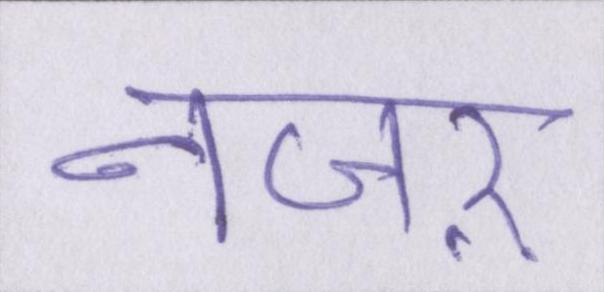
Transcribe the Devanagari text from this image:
नजऱ